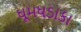
ધૂમધડાકા